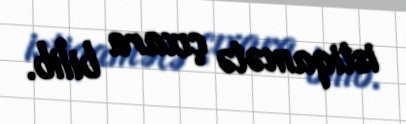
istiqamətə çıxara bilib.